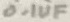
Text: 0.01UF